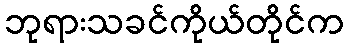
ဘုရားသခင်ကိုယ်တိုင်က